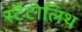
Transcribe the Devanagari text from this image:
स्टैटोलिथ